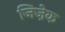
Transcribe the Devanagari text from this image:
जिज़ेक